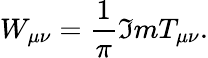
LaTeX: W_{\mu\nu}=\frac{1}{\pi}\Im mT_{\mu\nu}.